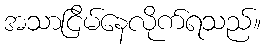
အသာငြိမ်နေလိုက်ရသည်။